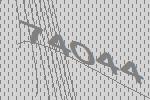
74044